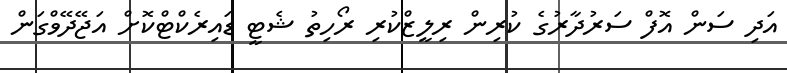
އަދި ސަން އޮފް ސަރުދާރުގެ ކުރިން ރިލީޒްކުރި ރޯހިތު ޝެޓީ ޑައިރެކްޓްކޮށް އަޖޭދޭވްގަން